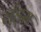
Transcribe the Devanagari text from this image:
लंड्स